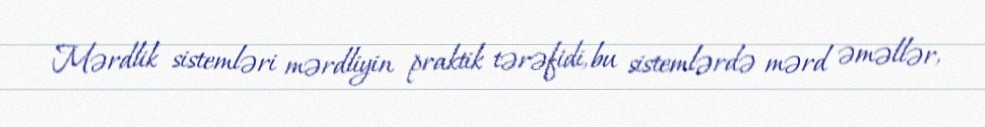
Mərdlik sistemləri mərdliyin praktik tərəfidi, bu sistemlərdə mərd əməllər,